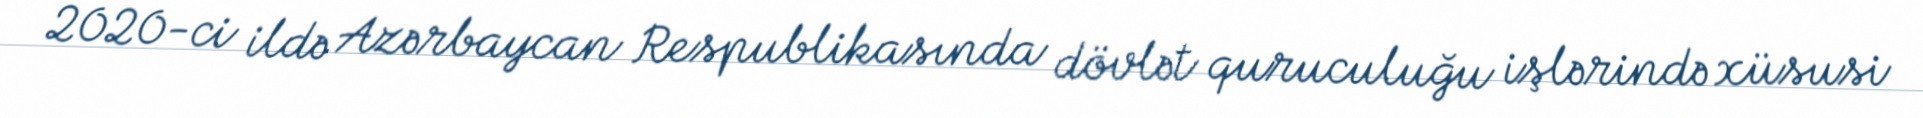
2020-ci ildə Azərbaycan Respublikasında dövlət quruculuğu işlərində xüsusi